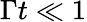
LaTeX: \Gamma t\ll 1